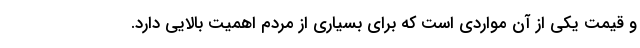
و قیمت یکی از آن مواردی است که برای بسیاری از مردم اهمیت بالایی دارد.